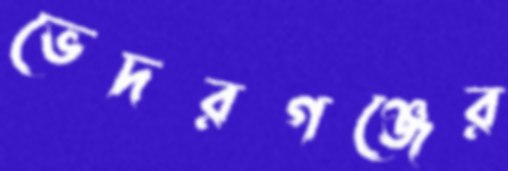
ভেদরগঞ্জের